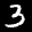
Label: 3